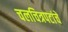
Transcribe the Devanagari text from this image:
चलचित्रपटांचे